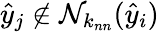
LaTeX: \hat{y}_{j}\notin\mathcal N_{k_{nn}}(\hat{y}_{i})